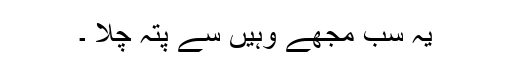
یہ سب مجھے وہیں سے پتہ چلا ۔